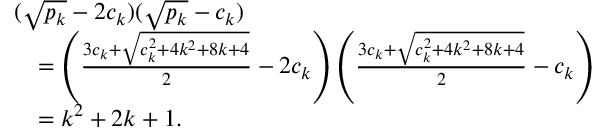
\begin{array} { r l } & { ( \sqrt { p _ { k } } - 2 c _ { k } ) ( \sqrt { p _ { k } } - c _ { k } ) } \\ & { \quad = \left( \frac { 3 c _ { k } + \sqrt { c _ { k } ^ { 2 } + 4 k ^ { 2 } + 8 k + 4 } } { 2 } - 2 c _ { k } \right) \left( \frac { 3 c _ { k } + \sqrt { c _ { k } ^ { 2 } + 4 k ^ { 2 } + 8 k + 4 } } { 2 } - c _ { k } \right) } \\ & { \quad = k ^ { 2 } + 2 k + 1 . } \end{array}